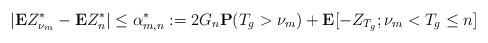
LaTeX: \begin{align*} |\mathbf{E}Z^*_{\nu_m}-\mathbf{E}Z^*_n| \le\alpha_{m,n}^*:=2G_n \mathbf{P}(T_g>\nu_m)+\mathbf{E}[-Z_{T_g};\nu_m<T_g\le n]\end{align*}